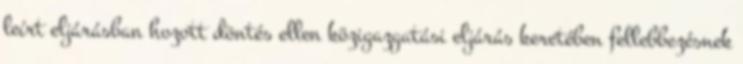
leírt eljárásban hozott döntés ellen közigazgatási eljárás keretében fellebbezésnek